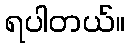
ရပါတယ်။